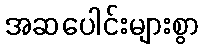
အဆပေါင်းများစွာ